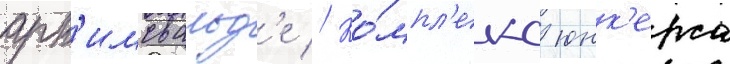
арн'имсвальд'е // Ко́мпл'екс юнк'ерса